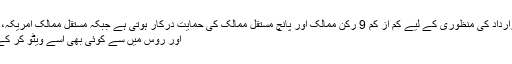
سلامتی کونسل میں قرارداد کی منظوری کے لیے کم از کم 9 رکن ممالک اور پانچ مستقل ممالک کی حمایت درکار ہوتی ہے جبکہ مستقل ممالک امریکہ، چین، فرانس، برطانیہ
اور روس میں سے کوئی بھی اسے ویٹو کر کے مسترد کر سکتا ہے۔